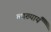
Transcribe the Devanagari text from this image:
व्याख्यायँ